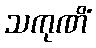
သကုဏိံ